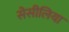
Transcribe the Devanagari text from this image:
सेसीलिया